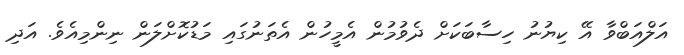
އަލްއަބްވާ އޭ ކިޔުނު ހިސާބަކަށް ދެވުމުން އެމީހުން އެތަނުގައި މަޑުކޮށްލަން ނިންމިއެވެ. އަދި